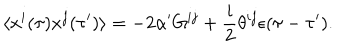
LaTeX: \langle x ^ { i } ( \tau ) x ^ { j } ( \tau ^ { \prime } ) \rangle = - 2 \alpha ^ { \prime } G ^ { i j } + \frac { i } { 2 } \theta ^ { i j } \epsilon ( \tau - \tau ^ { \prime } ) .